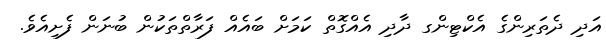
އަދި ދެތަރިންގެ އެކްޓިންގ ދާދި އެއްގޮތް ކަމަށް ބައެއް ފަރާތްތަކުން ބުނަން ފެށިއެވެ.